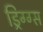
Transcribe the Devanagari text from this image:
ड्रिग्ग्स